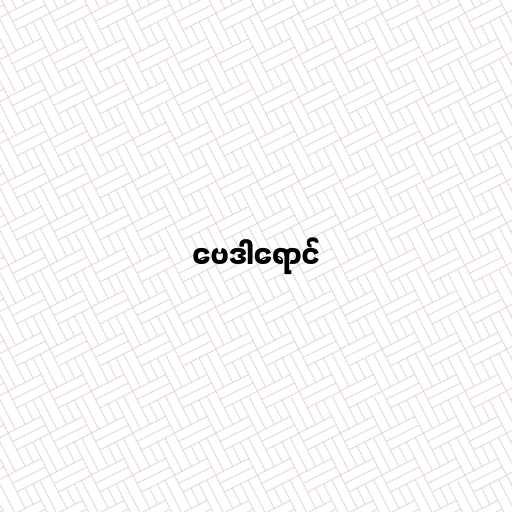
ဗေဒါရောင်